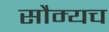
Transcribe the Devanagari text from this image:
सौम्यच